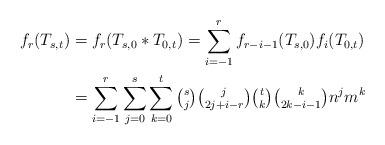
LaTeX: \begin{align*}\begin{aligned}f_r(T_{s,t}) &= f_r(T_{s,0} \ast T_{0,t}) = \sum_{i=-1}^{r} f_{r-i-1}(T_{s,0})f_i(T_{0,t})\\ &= \sum_{i=-1}^{r}\sum_{j=0}^s\sum_{k=0}^t \tbinom sj \tbinom j{2j+i-r} \tbinom tk \tbinom k{2k-i-1} n^jm^k\end{aligned}\end{align*}